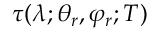
\tau ( \lambda ; \theta _ { r } , \varphi _ { r } ; T )